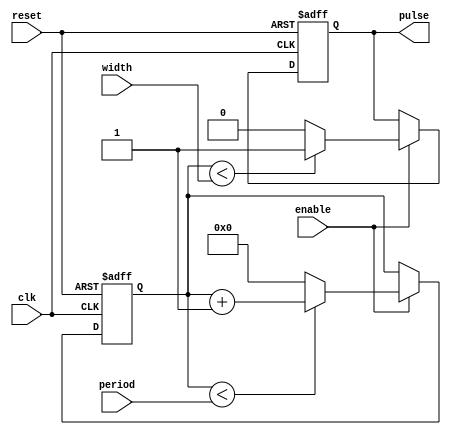
module SimplePulseGenerator (
    input wire clk,
    input wire reset,
    input wire enable,
    input wire [15:0] period,
    input wire [15:0] width,
    output reg pulse
);

reg [15:0] counter;

always @(posedge clk or posedge reset) begin
    if (reset) begin
        counter <= 16'd0;
        pulse <= 1'b0;
    end else if (enable) begin
        if (counter < period) begin
            counter <= counter + 1;
        end else begin
            counter <= 16'd0;
        end
        
        if (counter < width) begin
            pulse <= 1'b1;
        end else begin
            pulse <= 1'b0;
        end
    end
end

endmodule